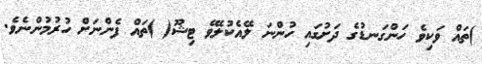
)ތައް ވަކިވެ ހަންގަނޑުގެ ދަށުގައި ހުންނަ ލޭއެކުލެވޭ ޓިޝޫ( )ތައް ފެންނަށް ހުރުމުންނެވެ.